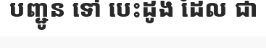
បញ្ជូន ទៅ បេះដូង ដែល ជា